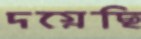
দগ্ধেছি